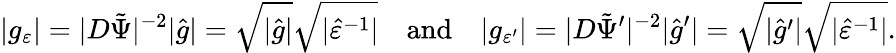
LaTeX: \lvert g_{\varepsilon}\rvert=\lvert D\tilde{\Psi}\rvert^{-2}\lvert\hat{g}\rvert=\sqrt{\lvert\hat{g}\rvert}\sqrt{\lvert\hat{\varepsilon}^{-1}\rvert}\quad\mathrm{and}\quad\lvert g_{\varepsilon^{\prime}}\rvert=\lvert D\tilde{\Psi}^{\prime}\rvert^{-2}\lvert\hat{g}^{\prime}\rvert=\sqrt{\lvert\hat{g}^{\prime}\rvert}\sqrt{\lvert\hat{\varepsilon}^{-1}\rvert}.